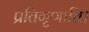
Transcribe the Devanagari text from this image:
प्रतिगृणाति।